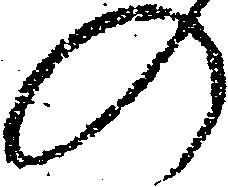
の